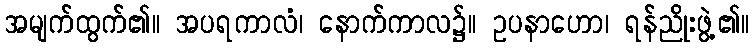
အမျက်ထွက်၏။ အပရကာလံ၊ နောက်ကာလ၌။ ဥပနာဟော၊ ရန်ညိုးဖွဲ့၏။